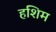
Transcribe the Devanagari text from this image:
हशिम